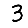
Digit: 3